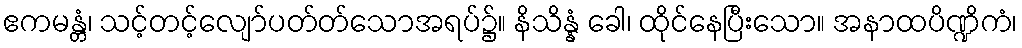
ဧကမန္တံ၊ သင့်တင့်လျော်ပတ်တ်သောအရပ်၌။ နိသိန္နံ ခေါ၊ ထိုင်နေပြီးသော။ အနာထပိဏ္ဍိကံ၊